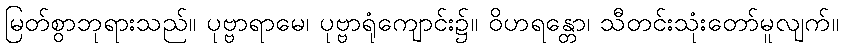
မြတ်စွာဘုရားသည်။ ပုဗ္ဗာရာမေ၊ ပုဗ္ဗာရုံကျောင်း၌။ ဝိဟရန္တော၊ သီတင်းသုံးတော်မူလျက်။